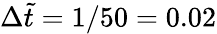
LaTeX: \Delta\tilde{t}=1/50=0.02